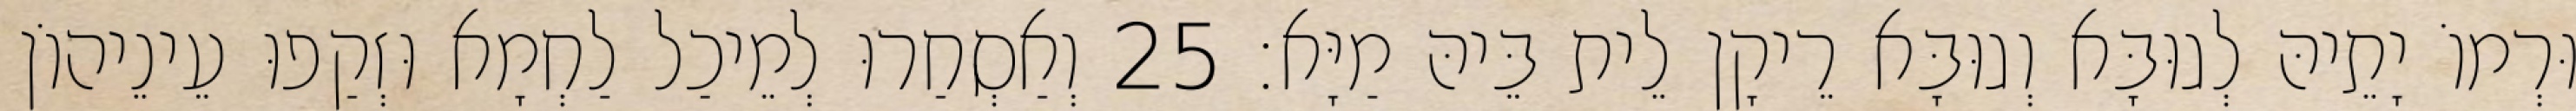
וּרְמוֹ יָתֵיהּ לְגוּבָּא וְגוּבָּא רֵיקָן לֵית בֵּיהּ מַיָּא׃ 25 וְאַסְחַרוּ לְמֵיכַל לַחְמָא וּזְקַפוּ עֵינֵיהוֹן